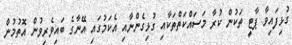
ގުޅިފައިވާ ޕާޓީ ތަކުން ކުރާ މަސައްކަތްތަކާއި ގުޅިގެންނާއި އެކަމުގައި އޭނާގެ ބައިވެރިވުން އޮތުމުން